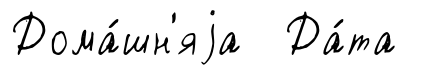
Дома́шн'яjа Да́та